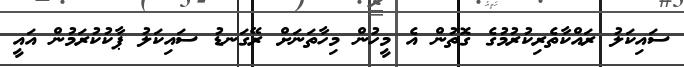
ސައިކަލު ރައްކާތެރިކުރުމުގެ ގޮތުން އެ މީހުން މިހާތަނަށް ރޭގަނޑު ސައިކަލު ޕާކުކުރަމުން އައީ